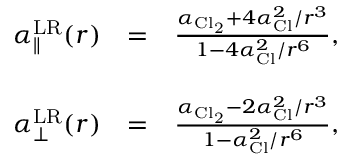
\begin{array} { r l r } { \alpha _ { \parallel } ^ { \mathrm { L R } } ( r ) } & { = } & { \frac { \alpha _ { \mathrm { C l _ { 2 } } } + 4 \alpha _ { \mathrm { C l } } ^ { 2 } / r ^ { 3 } } { 1 - 4 \alpha _ { \mathrm { C l } } ^ { 2 } / r ^ { 6 } } , } \\ & { } & \\ { \alpha _ { \bot } ^ { \mathrm { L R } } ( r ) } & { = } & { \frac { \alpha _ { \mathrm { C l _ { 2 } } } - 2 \alpha _ { \mathrm { C l } } ^ { 2 } / r ^ { 3 } } { 1 - \alpha _ { \mathrm { C l } } ^ { 2 } / r ^ { 6 } } , } \end{array}